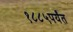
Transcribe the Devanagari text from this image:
१८८५पर्यंत